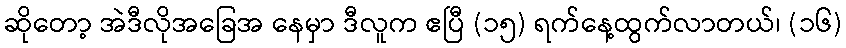
ဆိုတော့ အဲဒီလိုအခြေအ နေမှာ ဒီလူက ဧပြီ (၁၅) ရက်နေ့ထွက်လာတယ်၊ (၁၆)